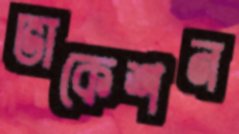
ভাকেশন